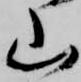
山